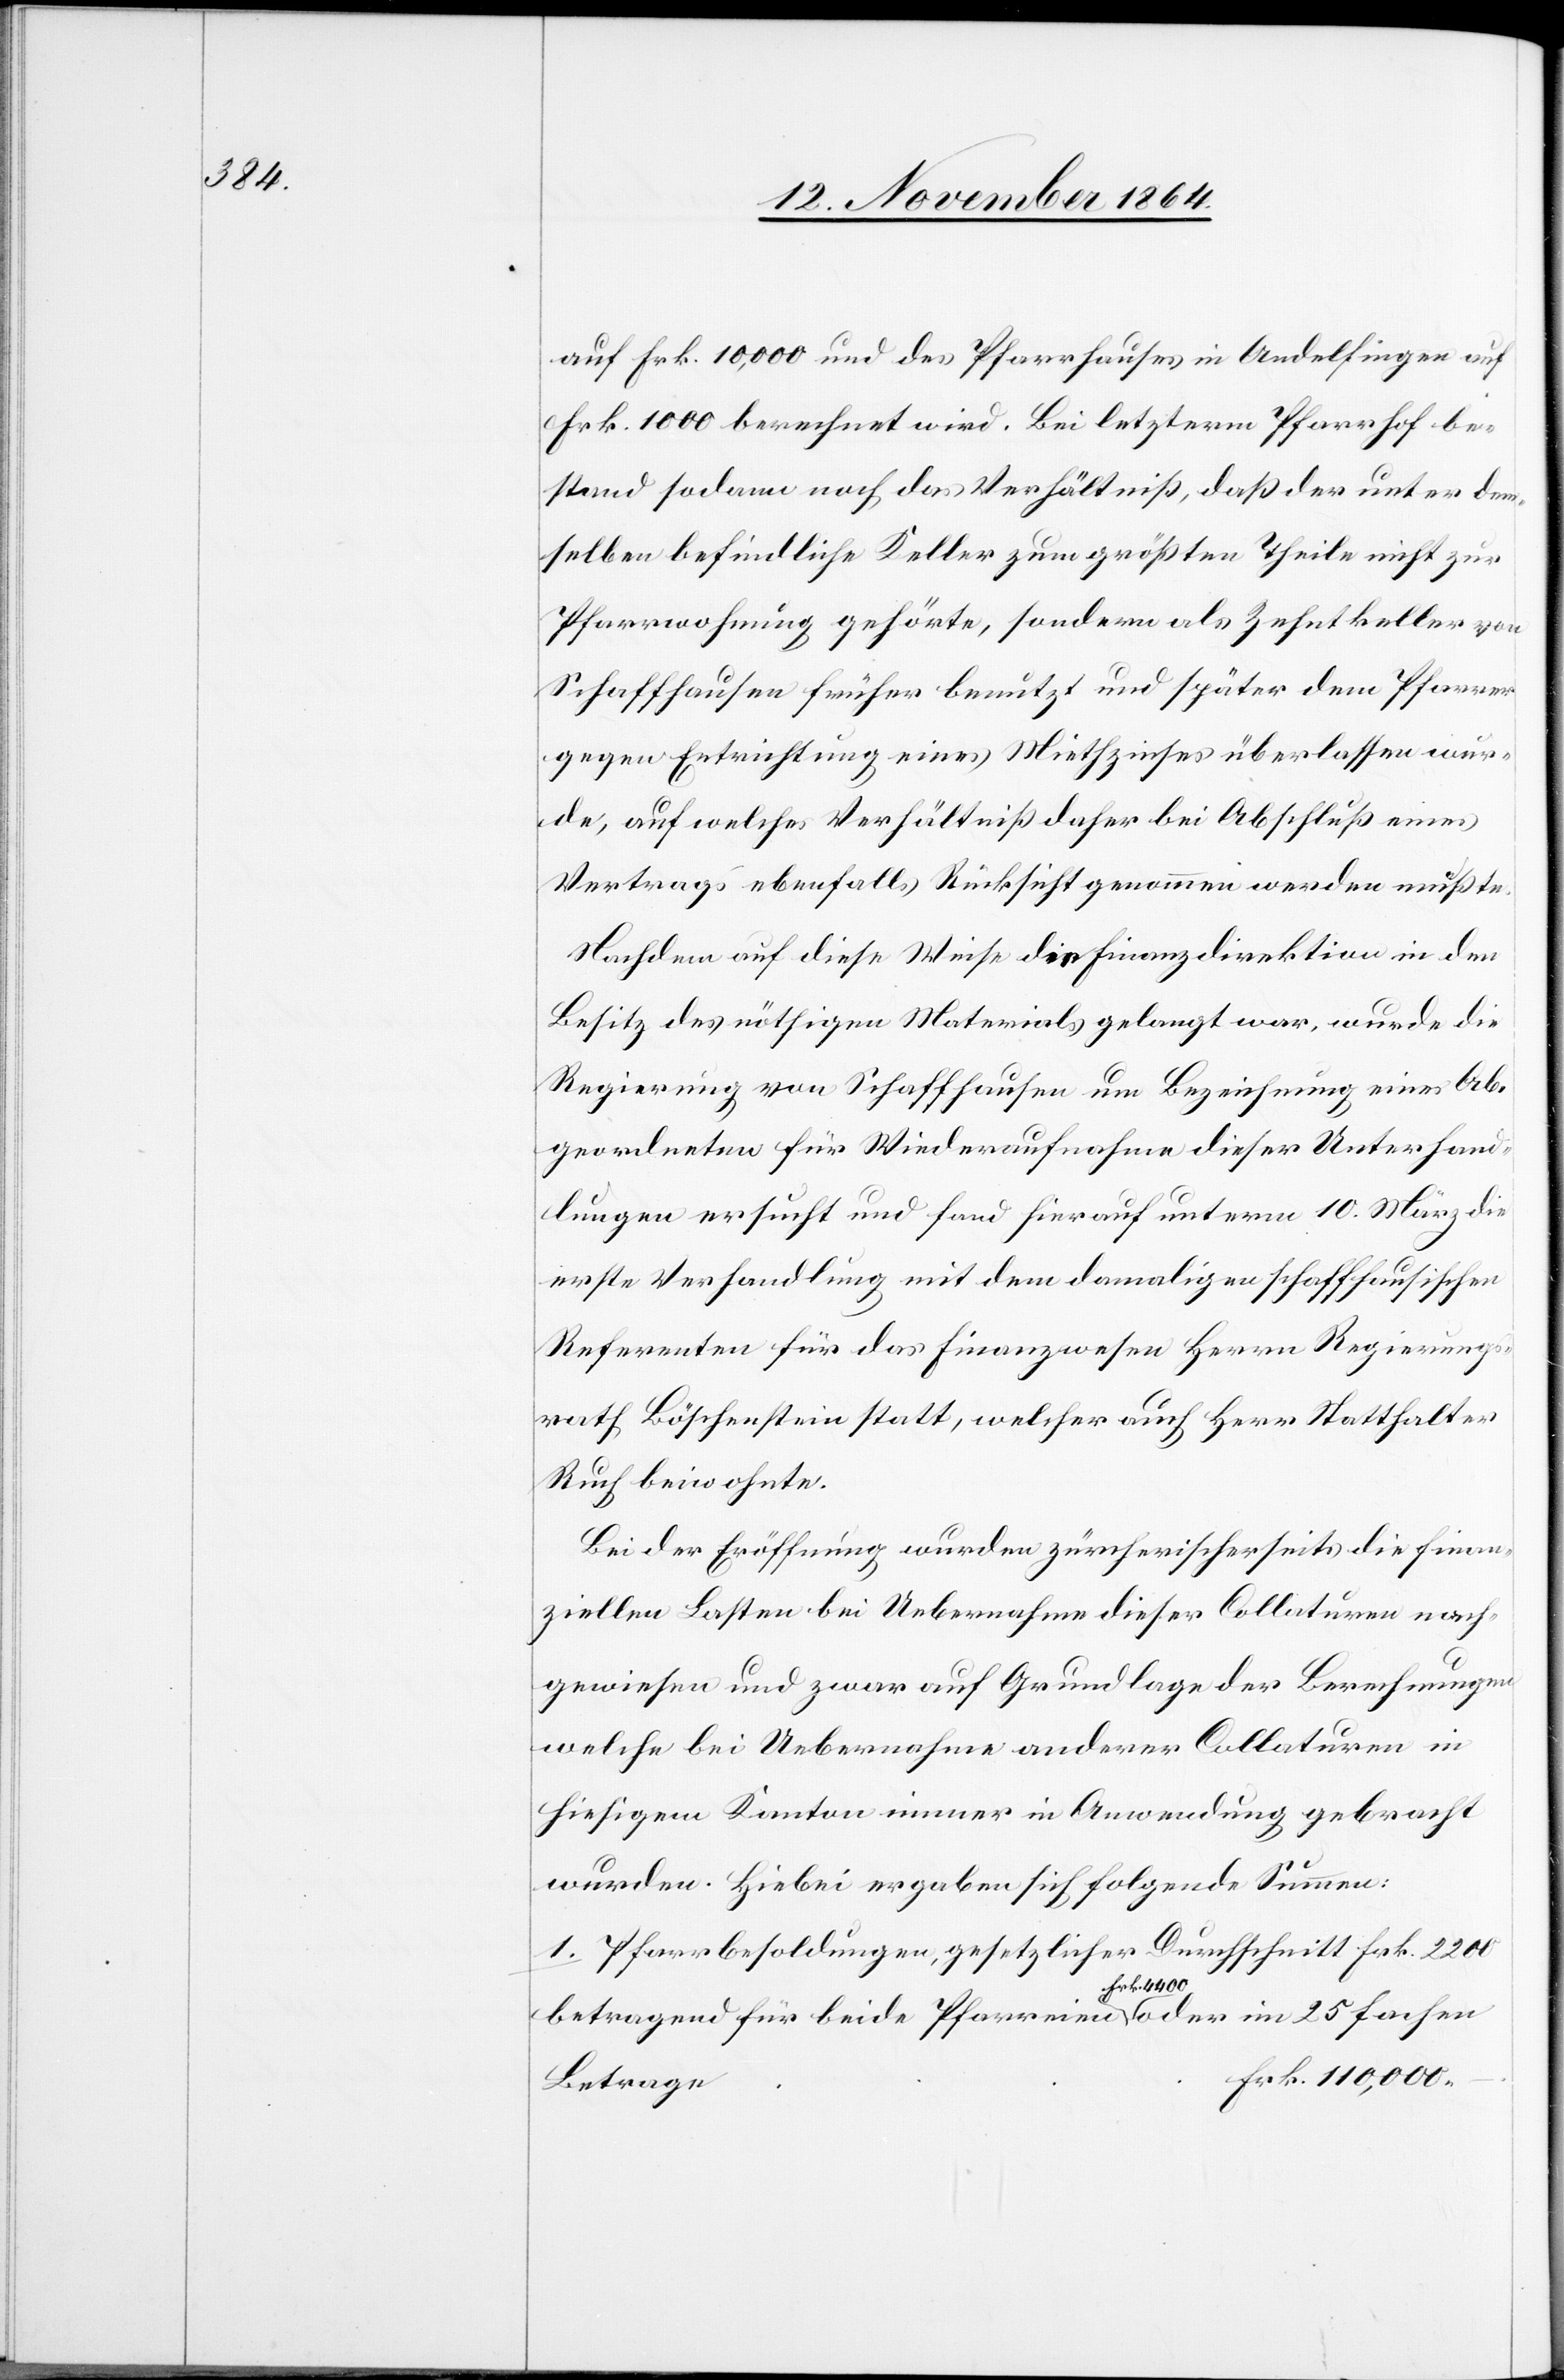
auf Frk. 10,000 und des Pfarrhauses in Andelfingen auf
Frk. 1000 berechnet wird. Bei letzterm Pfarrhof be¬
stand sodann noch das Verhältniß, daß der unter dem¬
selben befindliche Keller zum größten Theile nicht zur
Pfarrwohnung gehörte, sondern als Zehntkeller von
Schaffhausen früher benutzt und später dem Pfarrer
gegen Entrichtung eines Miethzinses überlassen wur¬
de, auf welches Verhältniß daher bei Abschluß eines
Vertrages ebenfalls Rücksicht genommen werden müßte.
Nachdem auf diese Weise die Finanzdirektion in den
Besitz des nöthigen Materials gelangt war, wurde die
Regierung von Schaffhausen um Bezeichnung eines Ab¬
geordneten für Wiederaufnahme dieser Unterhand¬
lungen ersucht und fand hierauf unterm 10. März die
erste Verhandlung mit dem damaligen schaffhausischen
Referenten für das Finanzwesen Herrn Regierungs¬
rath Böschenstein statt, welcher auch Herr Statthalter
Ruch beiwohnte.
Bei der Eröffnung wurden zürcherischerseits die finan¬
ziellen Lasten bei Uebernahme dieser Collaturen nach¬
gewiesen und zwar auf Grundlage der Berechnungen
welche bei Uebernahme anderer Collaturen in
hiesigem Kanton immer in Anwendung gebracht
wurden. Hiebei ergaben sich folgende Summen:
Pfarrbesoldungen, gesetzlicher Durchschnitt Frk. 2200
betragend für beide Pfarreien a-Frk. 4400-a oder in 25fachen
Betrage